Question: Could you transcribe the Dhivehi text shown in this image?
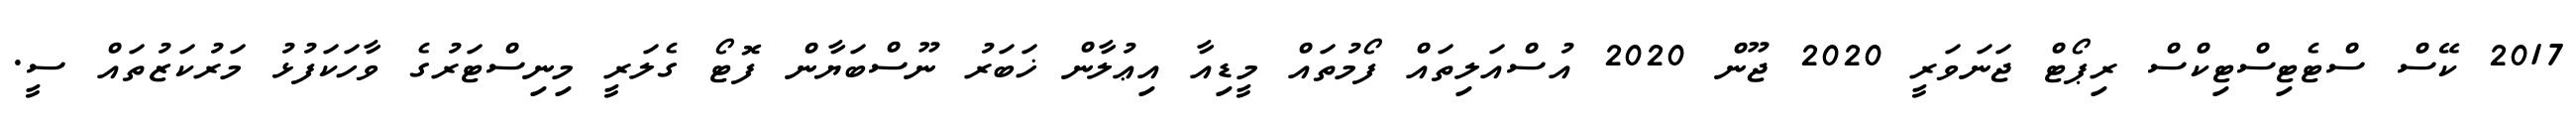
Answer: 2017 ކޭސް ސްޓެޓިސްޓިކްސް ރިޕޯޓް ޖަނަވަރީ 2020 ޖޫން 2020 އުސްއަލިތައް ފޯމުތައް މީޑިއާ އިޢުލާން ޚަބަރު ނޫސްބަޔާން ފޮޓޯ ގެލަރީ މިނިސްޓަރުގެ ވާހަކަފުޅު މަރުކަޒުތައް ސީ.